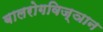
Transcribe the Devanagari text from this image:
बालरोगविज्ञान